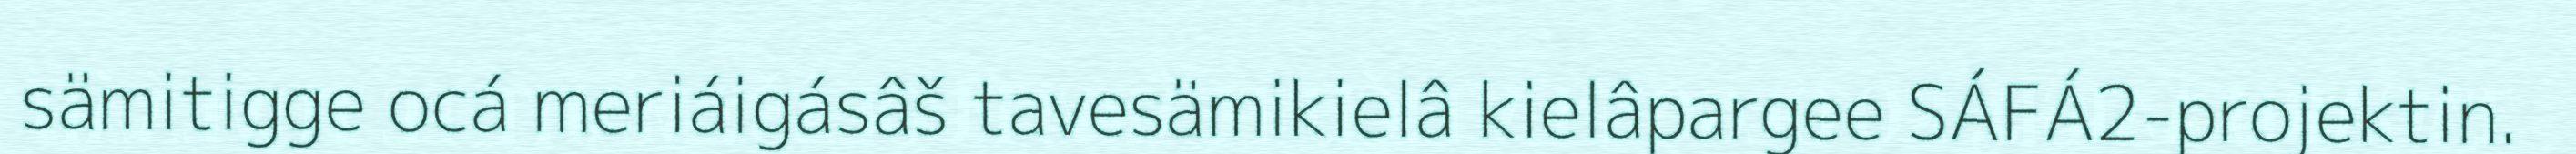
sämitigge ocá meriáigásâš tavesämikielâ kielâpargee SÁFÁ2-projektin.